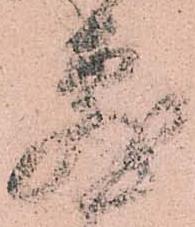
敷